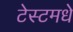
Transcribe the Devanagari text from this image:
टेस्टमधे